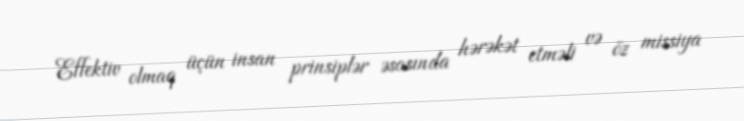
Effektiv olmaq üçün insan prinsiplər əsasında hərəkət etməli və öz missiya